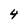
Character: 4